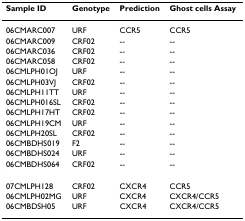
<table><thead><tr><td><b>Sample ID</b></td><td><b>Genotype</b></td><td><b>Prediction</b></td><td><b>Ghost cells Assay</b></td></tr></thead><tbody><tr><td>06CMARC007</td><td>URF</td><td>CCR5</td><td>CCR5</td></tr><tr><td>06CMARC009</td><td>CRF02</td><td>--</td><td>--</td></tr><tr><td>06CMARC036</td><td>CRF02</td><td>--</td><td>--</td></tr><tr><td>06CMARC058</td><td>CRF02</td><td>--</td><td>--</td></tr><tr><td>06CMLPH01OJ</td><td>URF</td><td>--</td><td>--</td></tr><tr><td>06CMLPH03VJ</td><td>CRF02</td><td>--</td><td>--</td></tr><tr><td>06CMLPH11TT</td><td>URF</td><td>--</td><td>--</td></tr><tr><td>06CMLPH016SL</td><td>CRF02</td><td>--</td><td>--</td></tr><tr><td>06CMLPH17HT</td><td>CRF02</td><td>--</td><td>--</td></tr><tr><td>06CMLPH19CM</td><td>URF</td><td>--</td><td>--</td></tr><tr><td>06CMLPH20SL</td><td>CRF02</td><td>--</td><td>--</td></tr><tr><td>06CMBDHS019</td><td>F2</td><td>--</td><td>--</td></tr><tr><td>06CMBDHS024</td><td>URF</td><td>--</td><td>--</td></tr><tr><td>06CMBDHS064</td><td>CRF02</td><td>--</td><td>--</td></tr><tr><td>07CMLPH128</td><td>CRF02</td><td>CXCR4</td><td>CCR5</td></tr><tr><td>06CMLPH02MG</td><td>URF</td><td>CXCR4</td><td>CXCR4/CCR5</td></tr><tr><td>06CMBDSH05</td><td>URF</td><td>CXCR4</td><td>CXCR4/CCR5</td></tr></tbody></table>